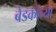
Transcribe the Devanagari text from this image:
बेडकांच्या